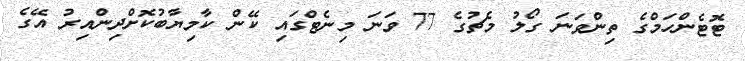
ޓޮޓެންހަމްގެ ތިންވަނަ ގޯލު މެޗުގެ 77 ވަނަ މިނެޓްގައި ކޭން ކާމިޔާބުކޮށްދިންއިރު އޭގެ